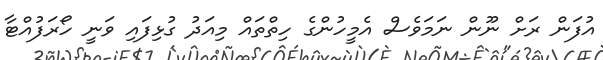
އުފަން ރަށް ނޫން ނަމަވެސް އެމީހުންގެ ހިތްތައް މިއަދު ގުޅިފައި ވަނީ ހޯރަފުއްޓާ